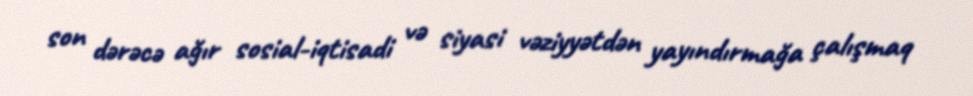
son dərəcə ağır sosial-iqtisadi və siyasi vəziyyətdən yayındırmağa çalışmaq